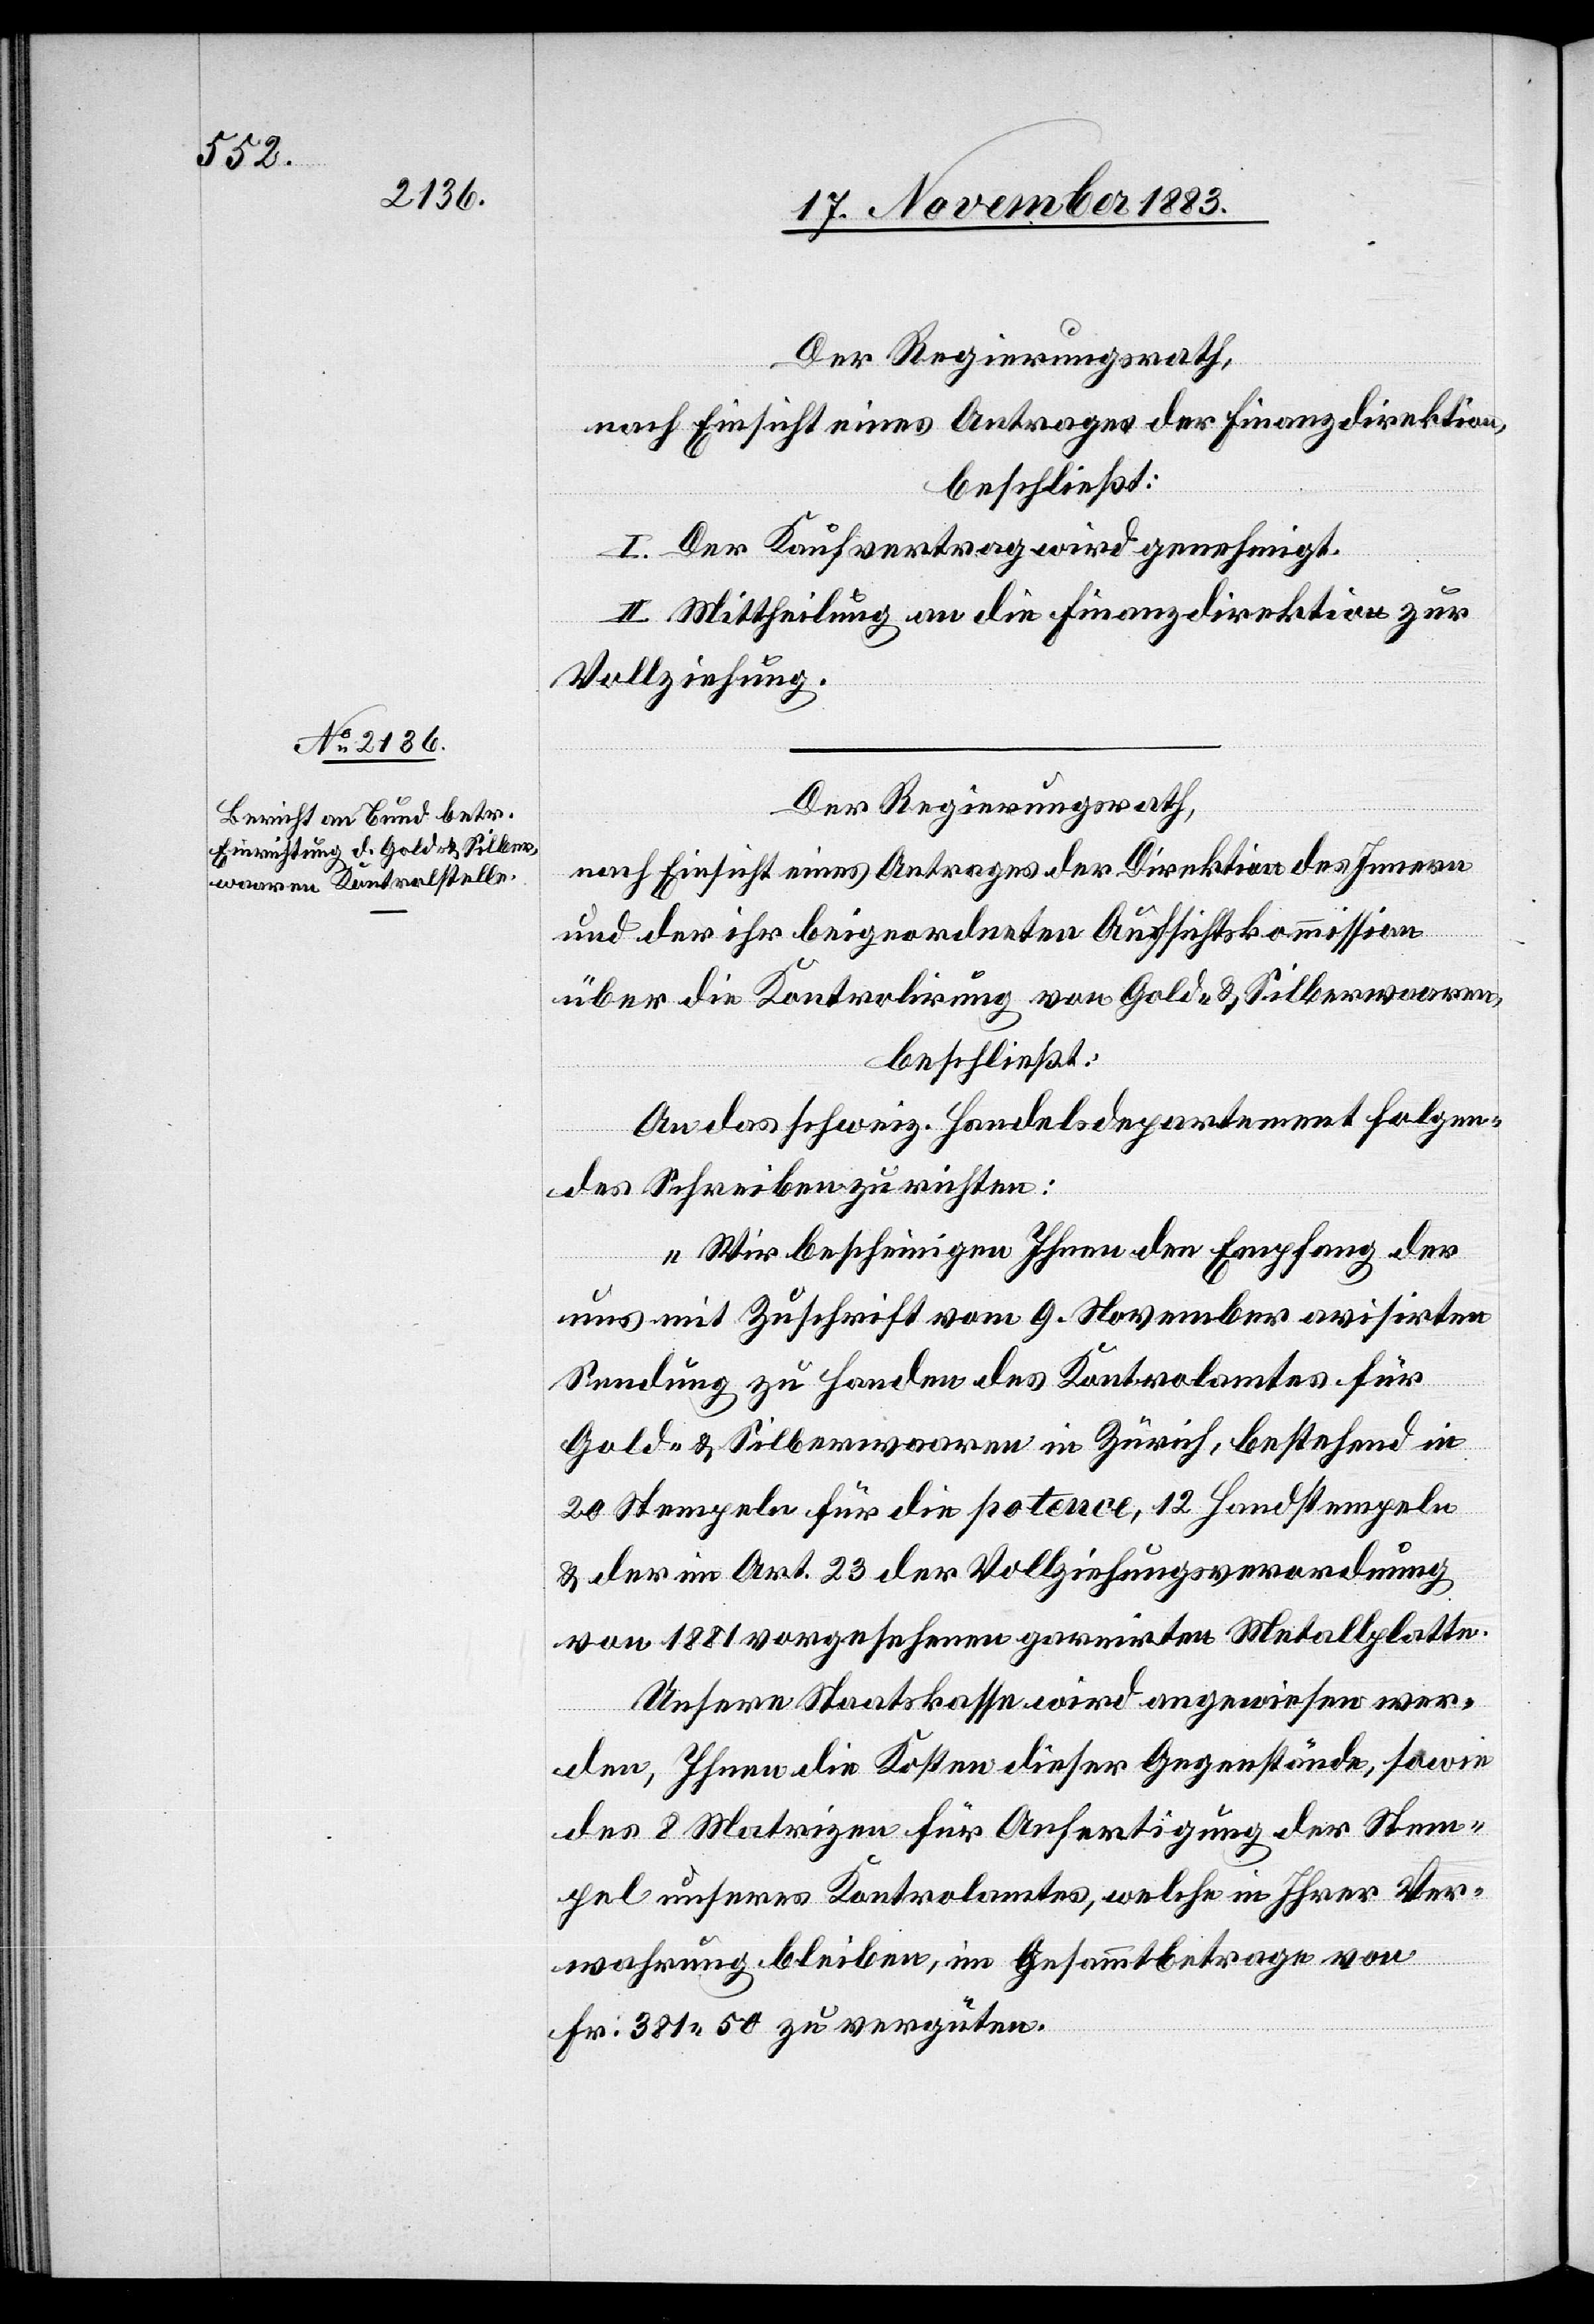
Der Regierungsrath,
nach Einsicht eines Antrages der Finanzdirektion,
beschließt:
I. Der Kaufsvertrag wird genehmigt.
II. Mittheilung an die Finanzdirektion zur
Vollziehung.
Der Regierungsrath,
nach Einsicht eines Antrages der Direktion des Innern
und der ihr beigeordneten Aufsichtskommission
über die Kontrolirung von Gold- & Silberwaaren,
beschließt:
An das schweiz. Handelsdepartement folgen¬
des Schreiben zu richten:
„Wir bescheinigen Ihnen den Empfang der
uns mit Zuschrift vom 9. November avisirten
Sendung zu Handen des Kontrolamtes für
Gold- & Silberwaaren in Zürich, bestehend in
20 Stempeln für die Potence, 12 Handstempeln
& der im Art. 23 der Vollziehungsverordnung
von 1881 vorgesehenen gravirten Metallplatte.
Unsere Staatskasse wird angewiesen wer¬
den, Ihnen die Kosten dieser Gegenstände, sowie
des 8 Matrizen für Anfertigung der Stem¬
pel unseres Kontrolamtes, welche in Ihrer Ver¬
wahrung bleiben, im Gesammtbetrage von
Fr. 381 50 zu vergüten,